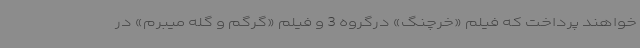
خواهند پرداخت که فیلم «خرچنگ» درگروه 3 و فیلم «گرگم و گله میبرم» در